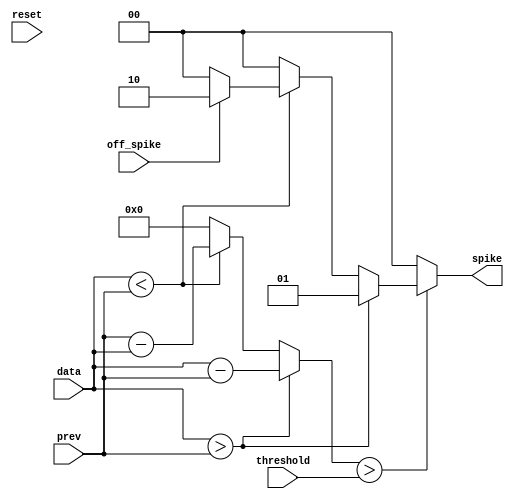

module delta (
    input wire reset,
    input wire [3:0] data,
    input wire [3:0] prev,
    input wire [3:0] threshold,
    input wire off_spike,
    output reg [1:0] spike
);

    // compares the difference between current data and previous against a threshold

    reg [3:0] diff;

    always @(*) begin
        if (reset) begin
            diff = 4'b0000;
        end

        // calculate absolute difference
        if (data > prev) begin
            diff = data - prev;
        end else if (data < prev) begin
            diff = prev - data;
        end else begin
            diff = 0;
        end

        // check if difference is above threshold
        if (diff > threshold) begin
            if (data > prev) begin
                // on a "rising" input
                spike = 2'b01;
            end else if (data < prev) begin
                // on a "falling" input
                // only valid with off_spike
                spike = off_spike ? 2'b10 : 2'b00;
            end else begin
                // when they are equal
                spike = 2'b00; 
            end
        end else begin
            spike = 2'b00;
        end
    end

endmodule